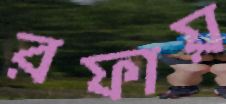
রফায়